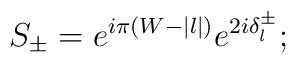
S_{\pm} = e^{i\pi(W - |l|)} e^{2 i \delta^{\pm}_{l}};